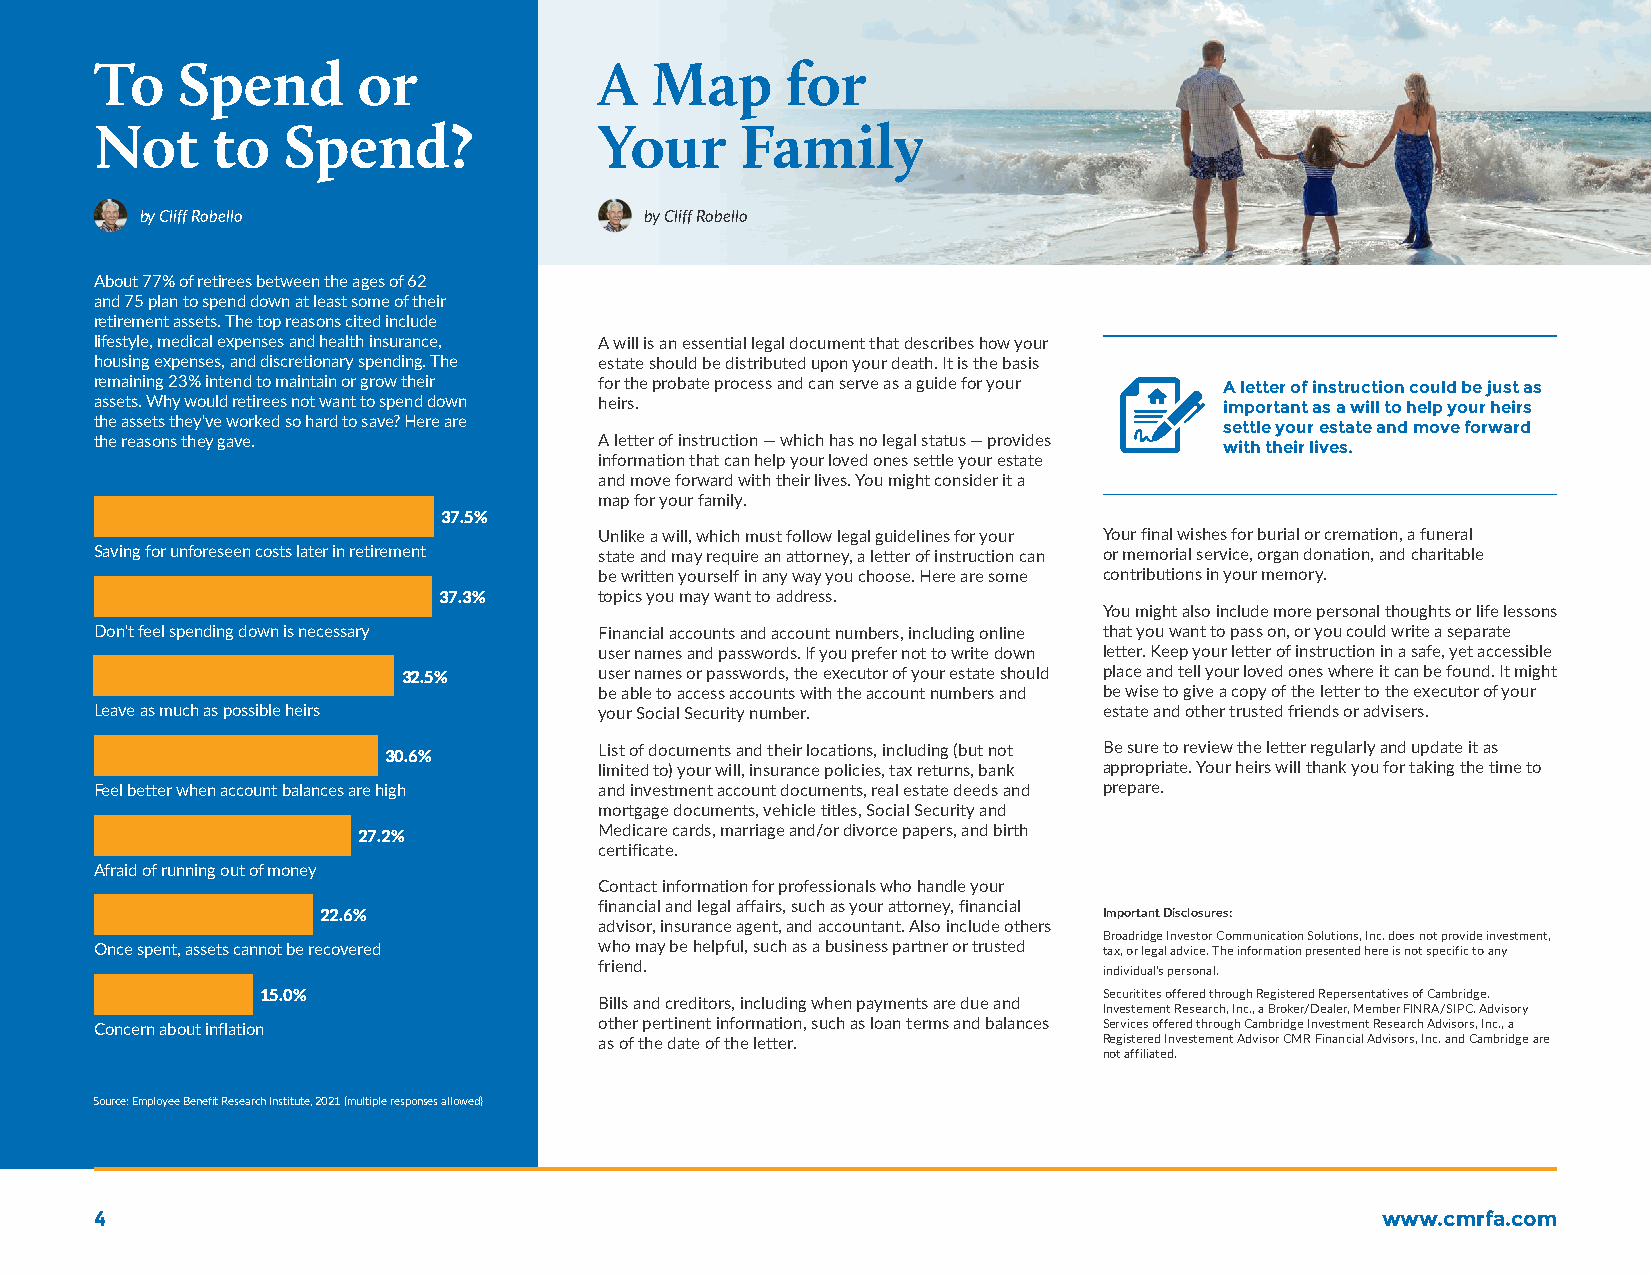
To    Spend       or              A  Map      for
 Not     to   Spend?               Your     Family
 by Cliff Robello                  by Cliff Robello
 About 77% of retirees between the ages of 62
 and 75 plan to spend down at least some of their
 retirement assets. The top reasons cited include
 lifestyle, medical expenses and health insurance, A will is an essential legal document that describes how your
 housing expenses, and discretionary spending. The estate should be distributed upon your death. It is the basis
 remaining 23% intend to maintain or grow their for the probate process and can serve as a guide for your A letter of instruction could be just as
 assets. Why would retirees not want to spend down heirs.                   important as a will to help your heirs
 the assets they've worked so hard to save? Here are
 settle your estate and move forward
 the reasons they gave.            A letter of instruction — which has no legal status — provides
 with their lives.
 information that can help your loved ones settle your estate
 and move forward with their lives. You might consider it a
 map for your family.
 37.5%
 Unlike a will, which must follow legal guidelines for your Your final wishes for burial or cremation, a funeral
 Saving for unforeseen costs later in retirement state and may require an attorney, a letter of instruction can or memorial service, organ donation, and charitable
 be written yourself in any way you choose. Here are some contributions in your memory.
 37.3%      topics you may want to address.
 You might also include more personal thoughts or life lessons
 Don't feel spending down is necessary Financial accounts and account numbers, including online that you want to pass on, or you could write a separate
 user names and passwords. If you prefer not to write down letter. Keep your letter of instruction in a safe, yet accessible
 32.5%        user names or passwords, the executor of your estate should place and tell your loved ones where it can be found. It might
 be able to access accounts with the account numbers and be wise to give a copy of the letter to the executor of your
 Leave as much as possible heirs   your Social Security number.     estate and other trusted friends or advisers.
 30.6%          List of documents and their locations, including (but not Be sure to review the letter regularly and update it as
 limited to) your will, insurance policies, tax returns, bank appropriate. Your heirs will thank you for taking the time to
 Feel better when account balances are high and investment account documents, real estate deeds and prepare.
 mortgage documents, vehicle titles, Social Security and
 27.2%           Medicare cards, marriage and/or divorce papers, and birth
 certificate.
 Afraid of running out of money
 Contact information for professionals who handle your
 financial and legal affairs, such as your attorney, financial
 22.6%                                               Important Disclosures:
 advisor, insurance agent, and accountant. Also include others
 Broadridge Investor Communication Solutions, Inc. does not provide investment,
 Once spent, assets cannot be recovered who may be helpful, such as a business partner or trusted tax, or legal advice. The information presented here is not specific to any
 friend.                          individual's personal.
 15.0%                                                   Securitites offered through Registered Repersentatives of Cambridge.
 Bills and creditors, including when payments are due and
 Investement Research, Inc., a Broker/Dealer, Member FINRA/SIPC. Advisory
 Concern about inflation           other pertinent information, such as loan terms and balances Services offered through Cambridge Investment Research Advisors, Inc., a
 as of the date of the letter.    Registered Investement Advisor CMR Financial Advisors, Inc. and Cambridge are
 not affiliated.
 Source: Employee Benefit Research Institute, 2021 (multiple responses allowed)
 4                                                                                    www.cmrfa.com